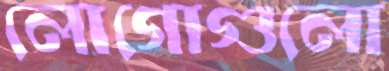
লোগোগুলো